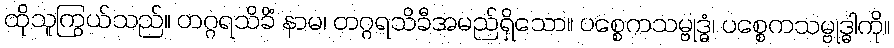
ထိုသူကြွယ်သည်။ တဂ္ဂရသိခိံ နာမ၊ တဂ္ဂရသိခီအမည်ရှိသော။ ပစ္စေကသမ္ဗုဒ္ဓံ၊ ပစ္စေကသမ္ဗုဒ္ဓါကို။